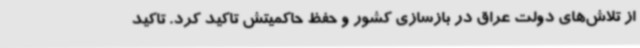
از تلاش‌های دولت عراق در بازسازی کشور و حفظ حاکمیتش تاکید کرد. تاکید